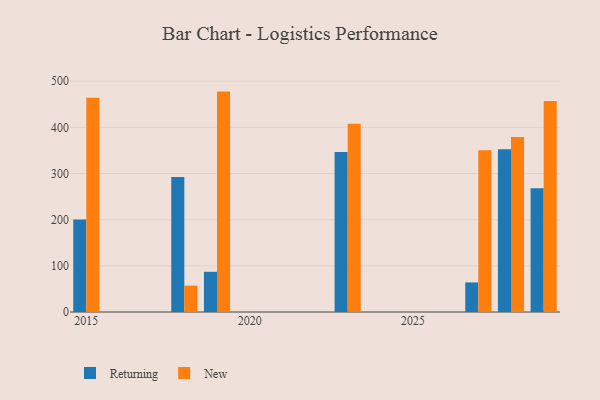
{"axis": {"x": "Year", "y": "Energy Usage (MWh)"}, "legend": ["New", "Returning"], "data": [{"x": "2018", "y": 292.6, "type": "Returning"}, {"x": "2018", "y": 57.2, "type": "New"}, {"x": "2029", "y": 267.8, "type": "Returning"}, {"x": "2029", "y": 457.1, "type": "New"}, {"x": "2015", "y": 200.4, "type": "Returning"}, {"x": "2015", "y": 464.0, "type": "New"}, {"x": "2023", "y": 346.3, "type": "Returning"}, {"x": "2023", "y": 408.0, "type": "New"}, {"x": "2027", "y": 64.1, "type": "Returning"}, {"x": "2027", "y": 350.2, "type": "New"}, {"x": "2028", "y": 352.6, "type": "Returning"}, {"x": "2028", "y": 379.1, "type": "New"}, {"x": "2019", "y": 87.1, "type": "Returning"}, {"x": "2019", "y": 477.4, "type": "New"}]}